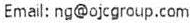
EMAIL:NG@OJCGROUP.COM